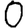
Digit: 0